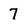
Character: 7